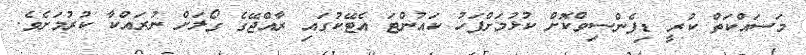
މަސައްކަތް ކުރީ ޑިފެންސިވްކޮށް ކުޅުމަށްފަހު ކައުންޓަ އެޓޭކުގައި ރާއްޖޭގެ ގޯލަށް ނުރައްކާ ކުރުމަށެވެ.